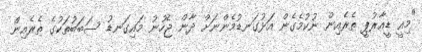
"މިއީ ޑީއާރުޕީ ތެރެއިން ނުކުމެގެން އަޅުގަނޑުމެންނަށް ދާން ޖެހުނު މައިގަނޑު ސަބަބުތަކުގެ ތެރެއިން